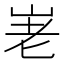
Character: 𡶰